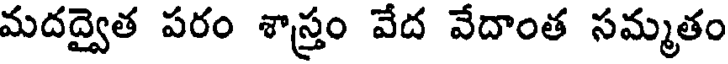
మదద్వైత పరం శాస్త్రం వేద వేదాంత సమ్మతం